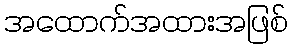
အထောက်အထားအဖြစ်